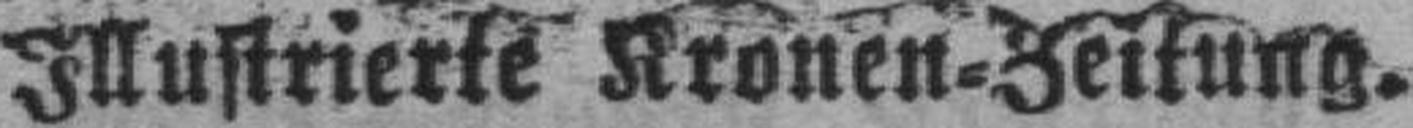
Illustrierte Kronen=Zeitung.